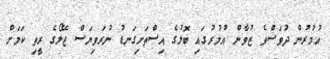
އުމުރުން ދުވަސްވެ ޒުވާން އުމުރުގައި ބޮލުގެ އިސްތަށިގަނޑު ނުރަވިޔަސް ޖޭލޯގެ ރީތި ކަމަށް